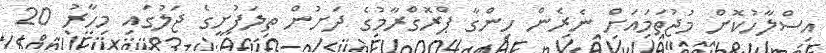
އިސްލާހުކޮށް މުޖުތަމައަށް ނެރެން ހިންގާ ޕްރޮގްރާމުގެ ދަށުން ތިލަފުށީގެ ޖަލުގައި މިހާރު 20